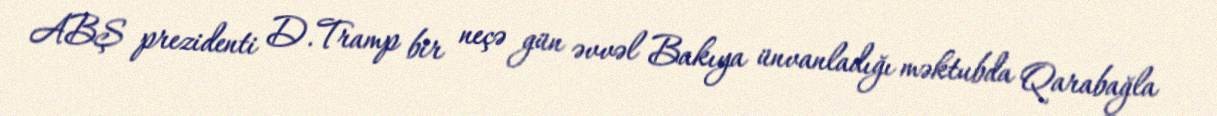
ABŞ prezidenti D.Tramp bir neçə gün əvvəl Bakıya ünvanladığı məktubda Qarabağla